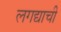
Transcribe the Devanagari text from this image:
लगद्याची